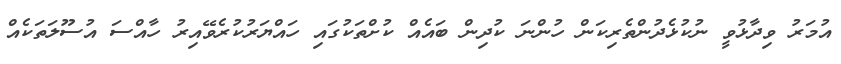
އުމަރު ވިދާޅުވީ ނުކުޅެދުންތެރިކަން ހުންނަ ކުދިން ބައެއް ކުށްތަކުގައި ހައްޔަރުކުރެވޭއިރު ހާއްސަ އުސޫލަތަކެއް